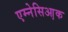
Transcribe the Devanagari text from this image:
एम्नेसिआ़क